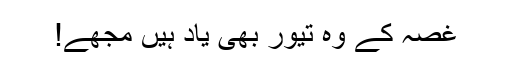
غصہ کے وہ تیور بھی یاد ہیں مجھے!